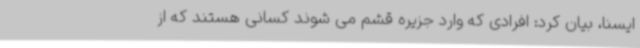
ایسنا، بیان کرد: افرادی که وارد جزیره قشم می شوند کسانی هستند که از